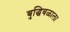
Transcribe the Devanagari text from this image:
बुद्धिबळाला